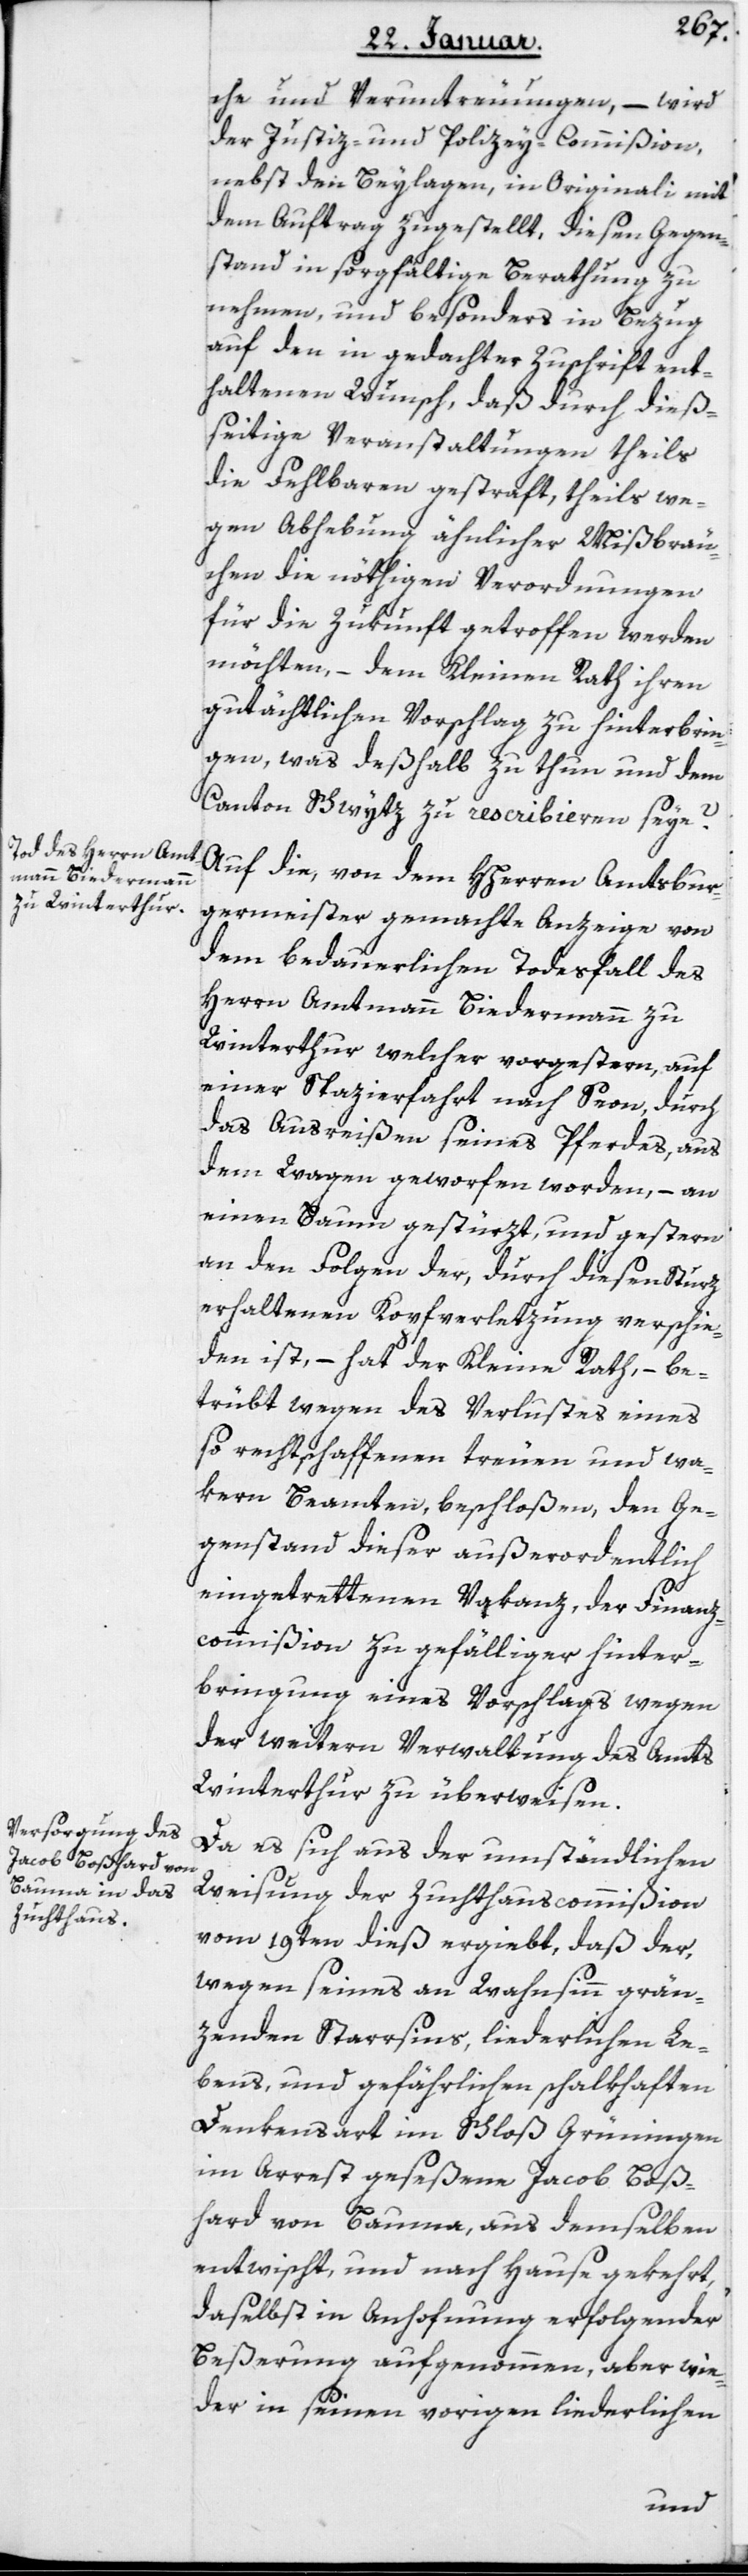
che und Veruntreuungen, – wird
der Justiz- und Polizey-Commißion,
nebst den Beylagen, in Originali mit
dem Auftrag zugestellt, diesen Gegen¬
stand in sorgfältige Berathung zu
nehmen, und besonders in Bezug
auf den in gedachter Zuschrift ent¬
haltenen Wunsch, daß durch dieß¬
eitige Veranstaltungen theils
die Fehlbaren gestraft, theils we¬
gen Abhebung ähnlicher Mißbräu¬
chen die nöthigen Verordnungen
für die Zukunft getroffen werden
möchten, – dem Kleinen Rath ihren
gutächtlichen Vorschlag zu hinterbrin¬
gen, was deshalb zu thun und dem
Canton Schwytz zu rescribieren seye?
Auf die, von dem HHerrn Amtsbur¬
germeister gemachte Anzeige von
dem bedauerlichen Todesfall des
Herrn Amtmann Biedermann zu
Winterthur, welcher vorgestern, auf
einer Spazierfahrt nach Seon, durch
das Ausreißen seines Pferdes, aus
dem Wagen geworfen worden, – an
einen Baum gestürzt und gestern
an den Folgen der, durch diesen Sturz
erhaltenen Kopfverletzung verschie¬
den ist, – hat der Kleine Rath, – be¬
trübt wegen des Verlustes eines
so rechtschaffenen treuen und wa¬
kern Beamten, beschloßen, den Ge¬
genstand dieser außerordentlich
eingetrettenen Vacanz, der Finanz¬
commißion zu gefälliger Hinter¬
bringung eines Vorschlags wegen
der weitern Verwaltung des Amts
Winterthur zu überweisen.
Da es sich aus der umständlichen
Weisung der Zuchthauscommißion
vom 19ten dieß ergiebt, daß der,
wegen seines an Wahnsinn grän¬
zenden Starrsinns, liederlichen Le¬
bens und gefährlichen schalkhaften
Denkensart im Schloß Grüningen
im Arrest geseßene Jacob Boß¬
hard von Bauma, aus demselben
entwischt, und nach Hause gekehrt,
daselbst in Anhofnung erfolgender
Beßerung aufgenommen, aber wie¬
der in seinen vorigen liederlichen